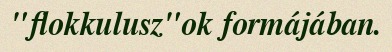
"flokkulusz"ok formájában.